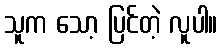
သူက သော့ ပြင်တဲ့ လူပါ။